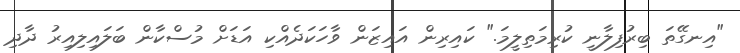
"އިނގޭތަ ބިރުފިލާނީ ކުރިމަތިލީމަ." ކައިރިން އައިޒަން ވާހަކަދެއްކި އަޑަށް މުސްކާން ބަލައިލިއިރު ދާދި